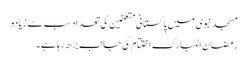
مسجد نبوی میں پاکستانی متعکفین کی تعداد سب سے زیادہ
رمضان المبارک اختتام کی جانب بڑھ رہا ہے۔